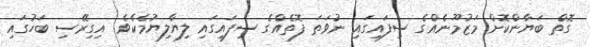
ގޮތް ބަޔާންކޮށް މަޒުމޫނެއްގެ ސިފައިގައި ނުވަތަ ފޮތެއްގެ ސިފައިގައި ލިޔާލިޔުމެކެވެ. އިގިރޭސި ބަހުގައި